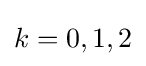
k=0,1,2